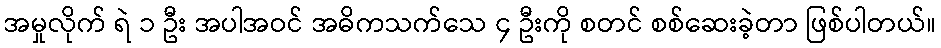
အမှုလိုက် ရဲ ၁ ဦး အပါအဝင် အဓိကသက်သေ ၄ ဦးကို စတင် စစ်ဆေးခဲ့တာ ဖြစ်ပါတယ်။